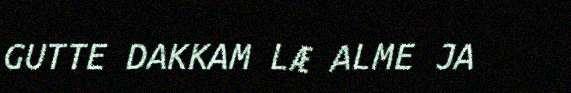
GUTTE DAKKAM LÆ ALME JA